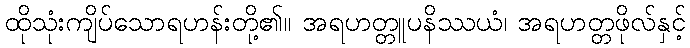
ထိုသုံးကျိပ်သောရဟန်းတို့၏။ အရဟတ္တူပနိဿယံ၊ အရဟတ္တဖိုလ်နှင့်